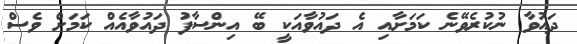
ދައުވާ ނުކުރެވޭނެ ކަމަށާއި އެ ދައުވާއަކީ ބޭ އިންސާފު ދައުވާއެއް ކަމަށް ވެސް